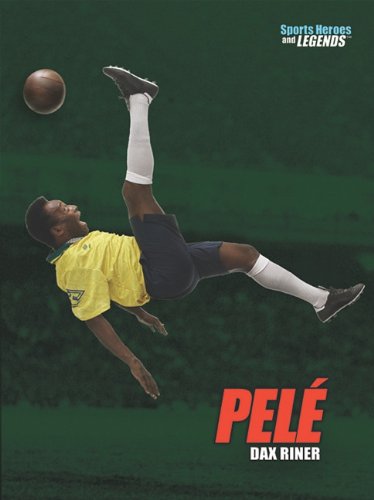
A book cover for Pele (Sports Heroes & Legends); Dax Riner; Teen & Young Adult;